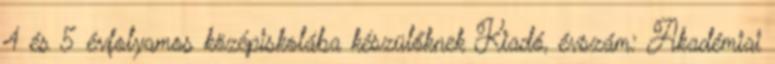
4 és 5 évfolyamos középiskolába készülőknek Kiadó, évszám: Akadémiai